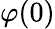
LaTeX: \varphi(0)